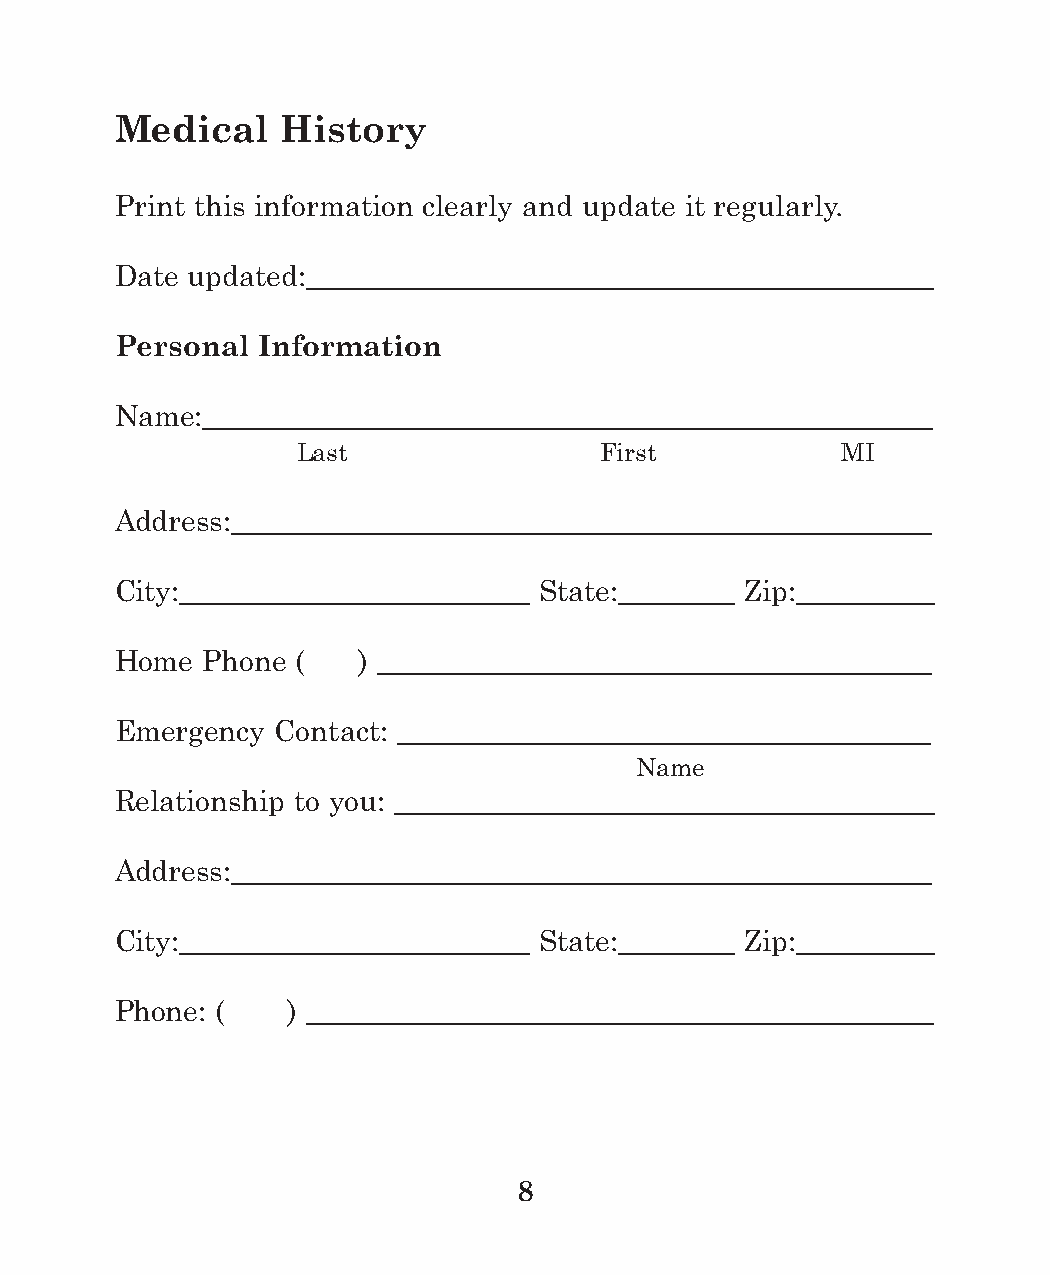
Medical    History
 Print this information clearly and update it regularly.
 Date updated:___________________________________________
 Personal Information
 Name:__________________________________________________
 Last                First           MI
 Address:________________________________________________
 City:________________________ State:________ Zip:__________
 Home Phone  (   ) ______________________________________
 Emergency Contact: _____________________________________
 Name
 Relationship to you: _____________________________________
 Address:________________________________________________
 City:________________________ State:________ Zip:__________
 Phone: (   ) ___________________________________________
 8